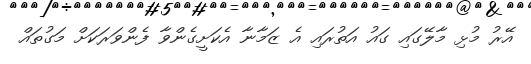
އޭރު މުޅި މާލޭގައި ގައު އަތުރައި އެ ޒަމާނާ އެކަށީގެންވާ ފެންވަރަކަށް މަގުތައް